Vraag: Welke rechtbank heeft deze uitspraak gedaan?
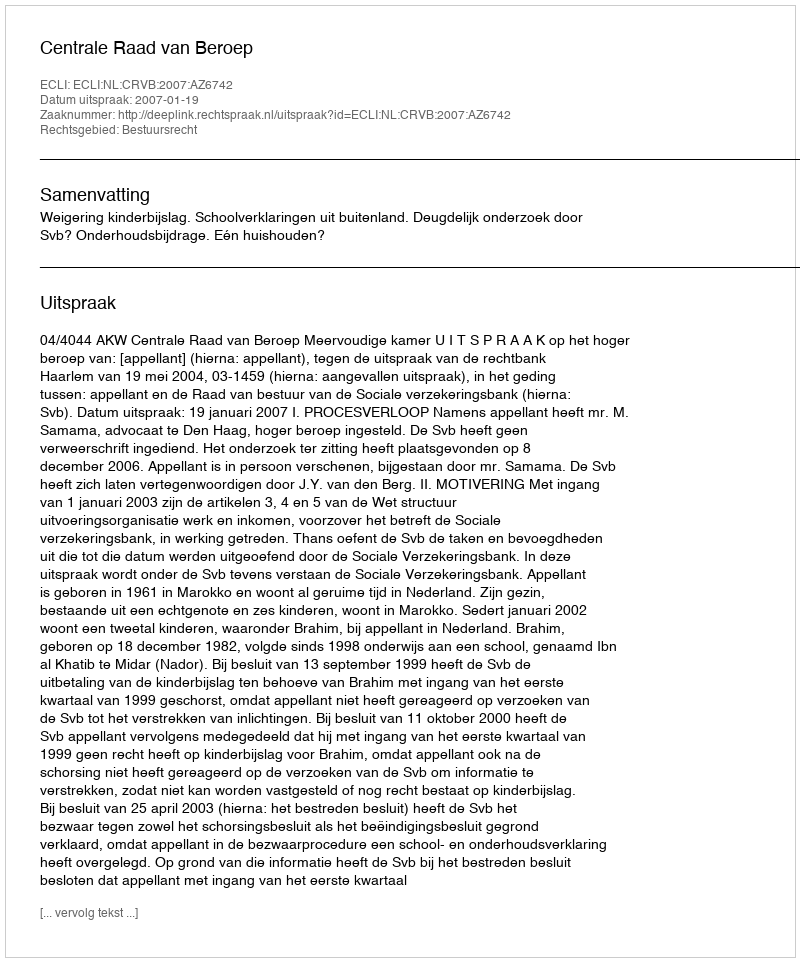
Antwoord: Centrale Raad van Beroep